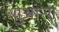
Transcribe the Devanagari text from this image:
गुआन्ग